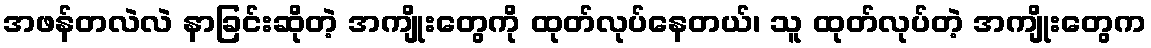
အဖန်တလဲလဲ နာခြင်းဆိုတဲ့ အကျိုးတွေကို ထုတ်လုပ်နေတယ်၊ သူ ထုတ်လုပ်တဲ့ အကျိုးတွေက